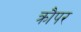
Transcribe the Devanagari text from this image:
क्रौपर